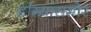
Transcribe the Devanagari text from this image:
डांग्यांसमोर